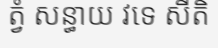
ត្វំ សន្ធាយ វទេ សីតិ